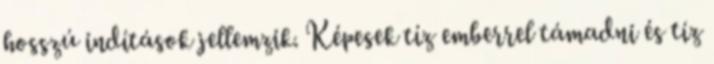
hosszú indítások jellemzik. Képesek tíz emberrel támadni és tíz